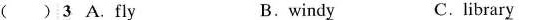
（ ）3 A. Fl\underline{y} B.windy\underline{y} C.librar\underline{y}